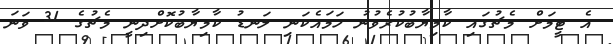
އެ ޓީމަށް މެޗުގައި ކާމިޔާބުކުރެވުނު ހަމައެކަނި ލަނޑު ކާމިޔާބުކޮށްދިނީ މެޗުގެ 31 ވަނަ